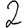
Digit: 2